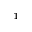
^ { 1 }